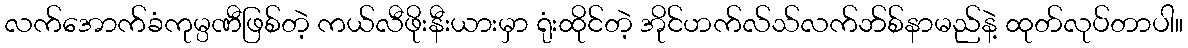
လက်အောက်ခံကုမ္ပဏီဖြစ်တဲ့ ကယ်လီဖိုးနီးယားမှာ ရုံးထိုင်တဲ့ အိုင်ဟက်လ်သ်လက်ဘ်စ်နာမည်နဲ့ ထုတ်လုပ်တာပါ။